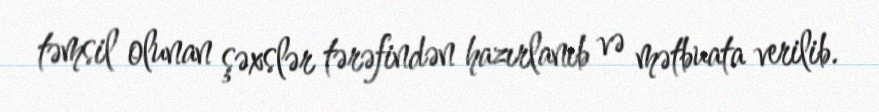
təmsil olunan şəxslər tərəfindən hazırlanıb və mətbuata verilib.